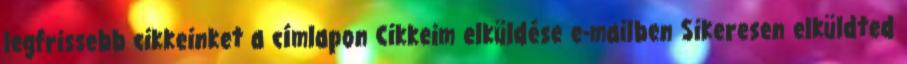
legfrissebb cikkeinket a címlapon Cikkeim elküldése e-mailben Sikeresen elküldted